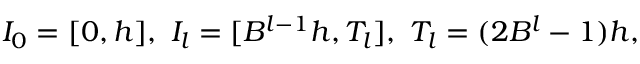
\begin{array} { r } { I _ { 0 } = [ 0 , h ] , \ I _ { l } = [ B ^ { l - 1 } h , T _ { l } ] , \ T _ { l } = ( 2 B ^ { l } - 1 ) h , } \end{array}